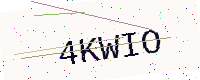
Text: 4KWIO